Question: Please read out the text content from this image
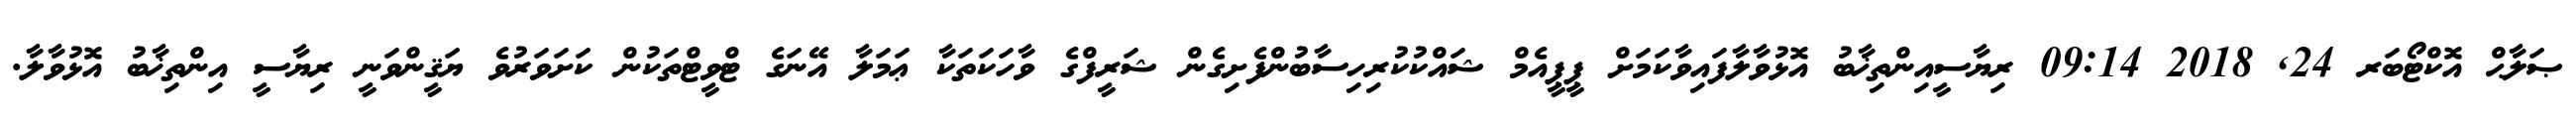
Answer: ޞަލާޙް އޮކްޓޯބަރ 24, 2018 09:14 ރިޔާސީއިންތިޚާބު އޮޅުވާލާފައިވާކަމަށް ޕީޕީއެމް ޝައްކުކުރިހިސާބުންފެށިގެން ޝަރީފްގެ ވާހަކަތަކާ ޢަމަލާ އޭނަގެ ޓްވީޓްތަކުން ކަށަވަރުވެ ޔަޤީންވަނީ ރިޔާސީ އިންތިޚާބު އޮޅުވާލާ.